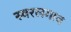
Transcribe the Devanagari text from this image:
स्वरलगाव